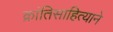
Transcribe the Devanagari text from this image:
क्रांतिसाहित्याने